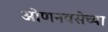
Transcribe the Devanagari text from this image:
ओणनवसेच्या